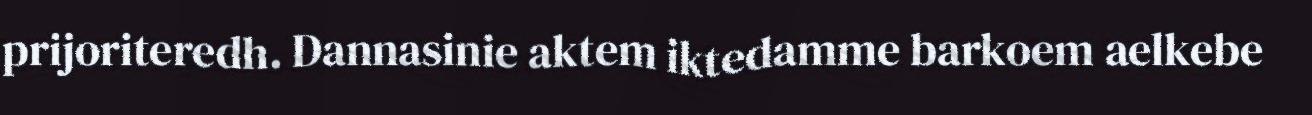
prijoriteredh. Dannasinie aktem iktedamme barkoem aelkebe